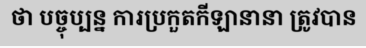
ថា បច្ចុប្បន្ន ការប្រកួតកីឡានានា ត្រូវបាន